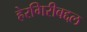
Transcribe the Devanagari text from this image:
हेरगिरीबद्दल